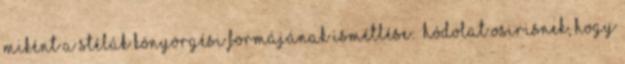
Miként a stélák könyörgési formájának ismétlése: «Hódolat Osirisnek, hogy